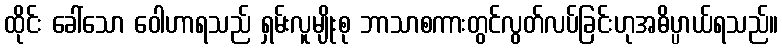
ထိုင်း ခေါ်သော ဝေါဟာရသည် ရှမ်းလူမျိုးစု ဘာသာစကားတွင်လွတ်လပ်ခြင်းဟုအဓိပ္ပာယ်ရသည်။